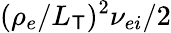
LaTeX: (\rho_{e}/L_{\mathsf{T}})^{2}\nu_{ei}/2